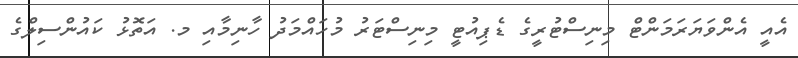
އެއީ އެންވަޔަރަމަންޓް މިނިސްޓުރީގެ ޑެޕިއުޓީ މިނިސްޓަރު މުހައްމަދު ހާނިމާއި މ. އަތޮޅު ކައުންސިލްގެ